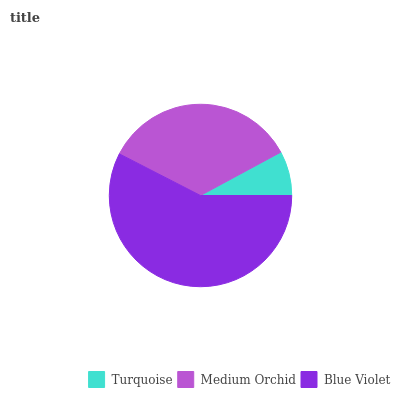
| Turquoise | Medium Orchid | Blue Violet |
 | --- | --- | --- |
 | 7.88% | 34.5% | 57.6% |